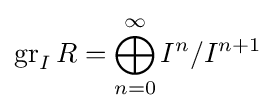
\operatorname {gr} _{I}R=\bigoplus _{n=0}^{\infty }I^{n}/I^{n+1}